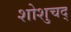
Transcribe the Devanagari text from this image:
शोशुचद्